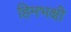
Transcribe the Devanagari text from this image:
हिमभक्षी